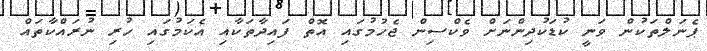
ޕެނަލްތަކުން ވަނީ ކުޑަކުދިންނަށް ވެކްސިން ޖެހުމުގައި އޮތް ފައިދާތަކާއި އެކަމުގައި ހުރި ނުރައްކާތައް